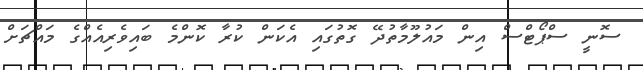
ސޮނީ ސްޕޯޓްސް އިން މައުލޫމާތުދޭ ގޮތުގައި އެކަން ކުރާ ކޮންމެ ބައިވެރިއެއްގެ މައްޗަށް